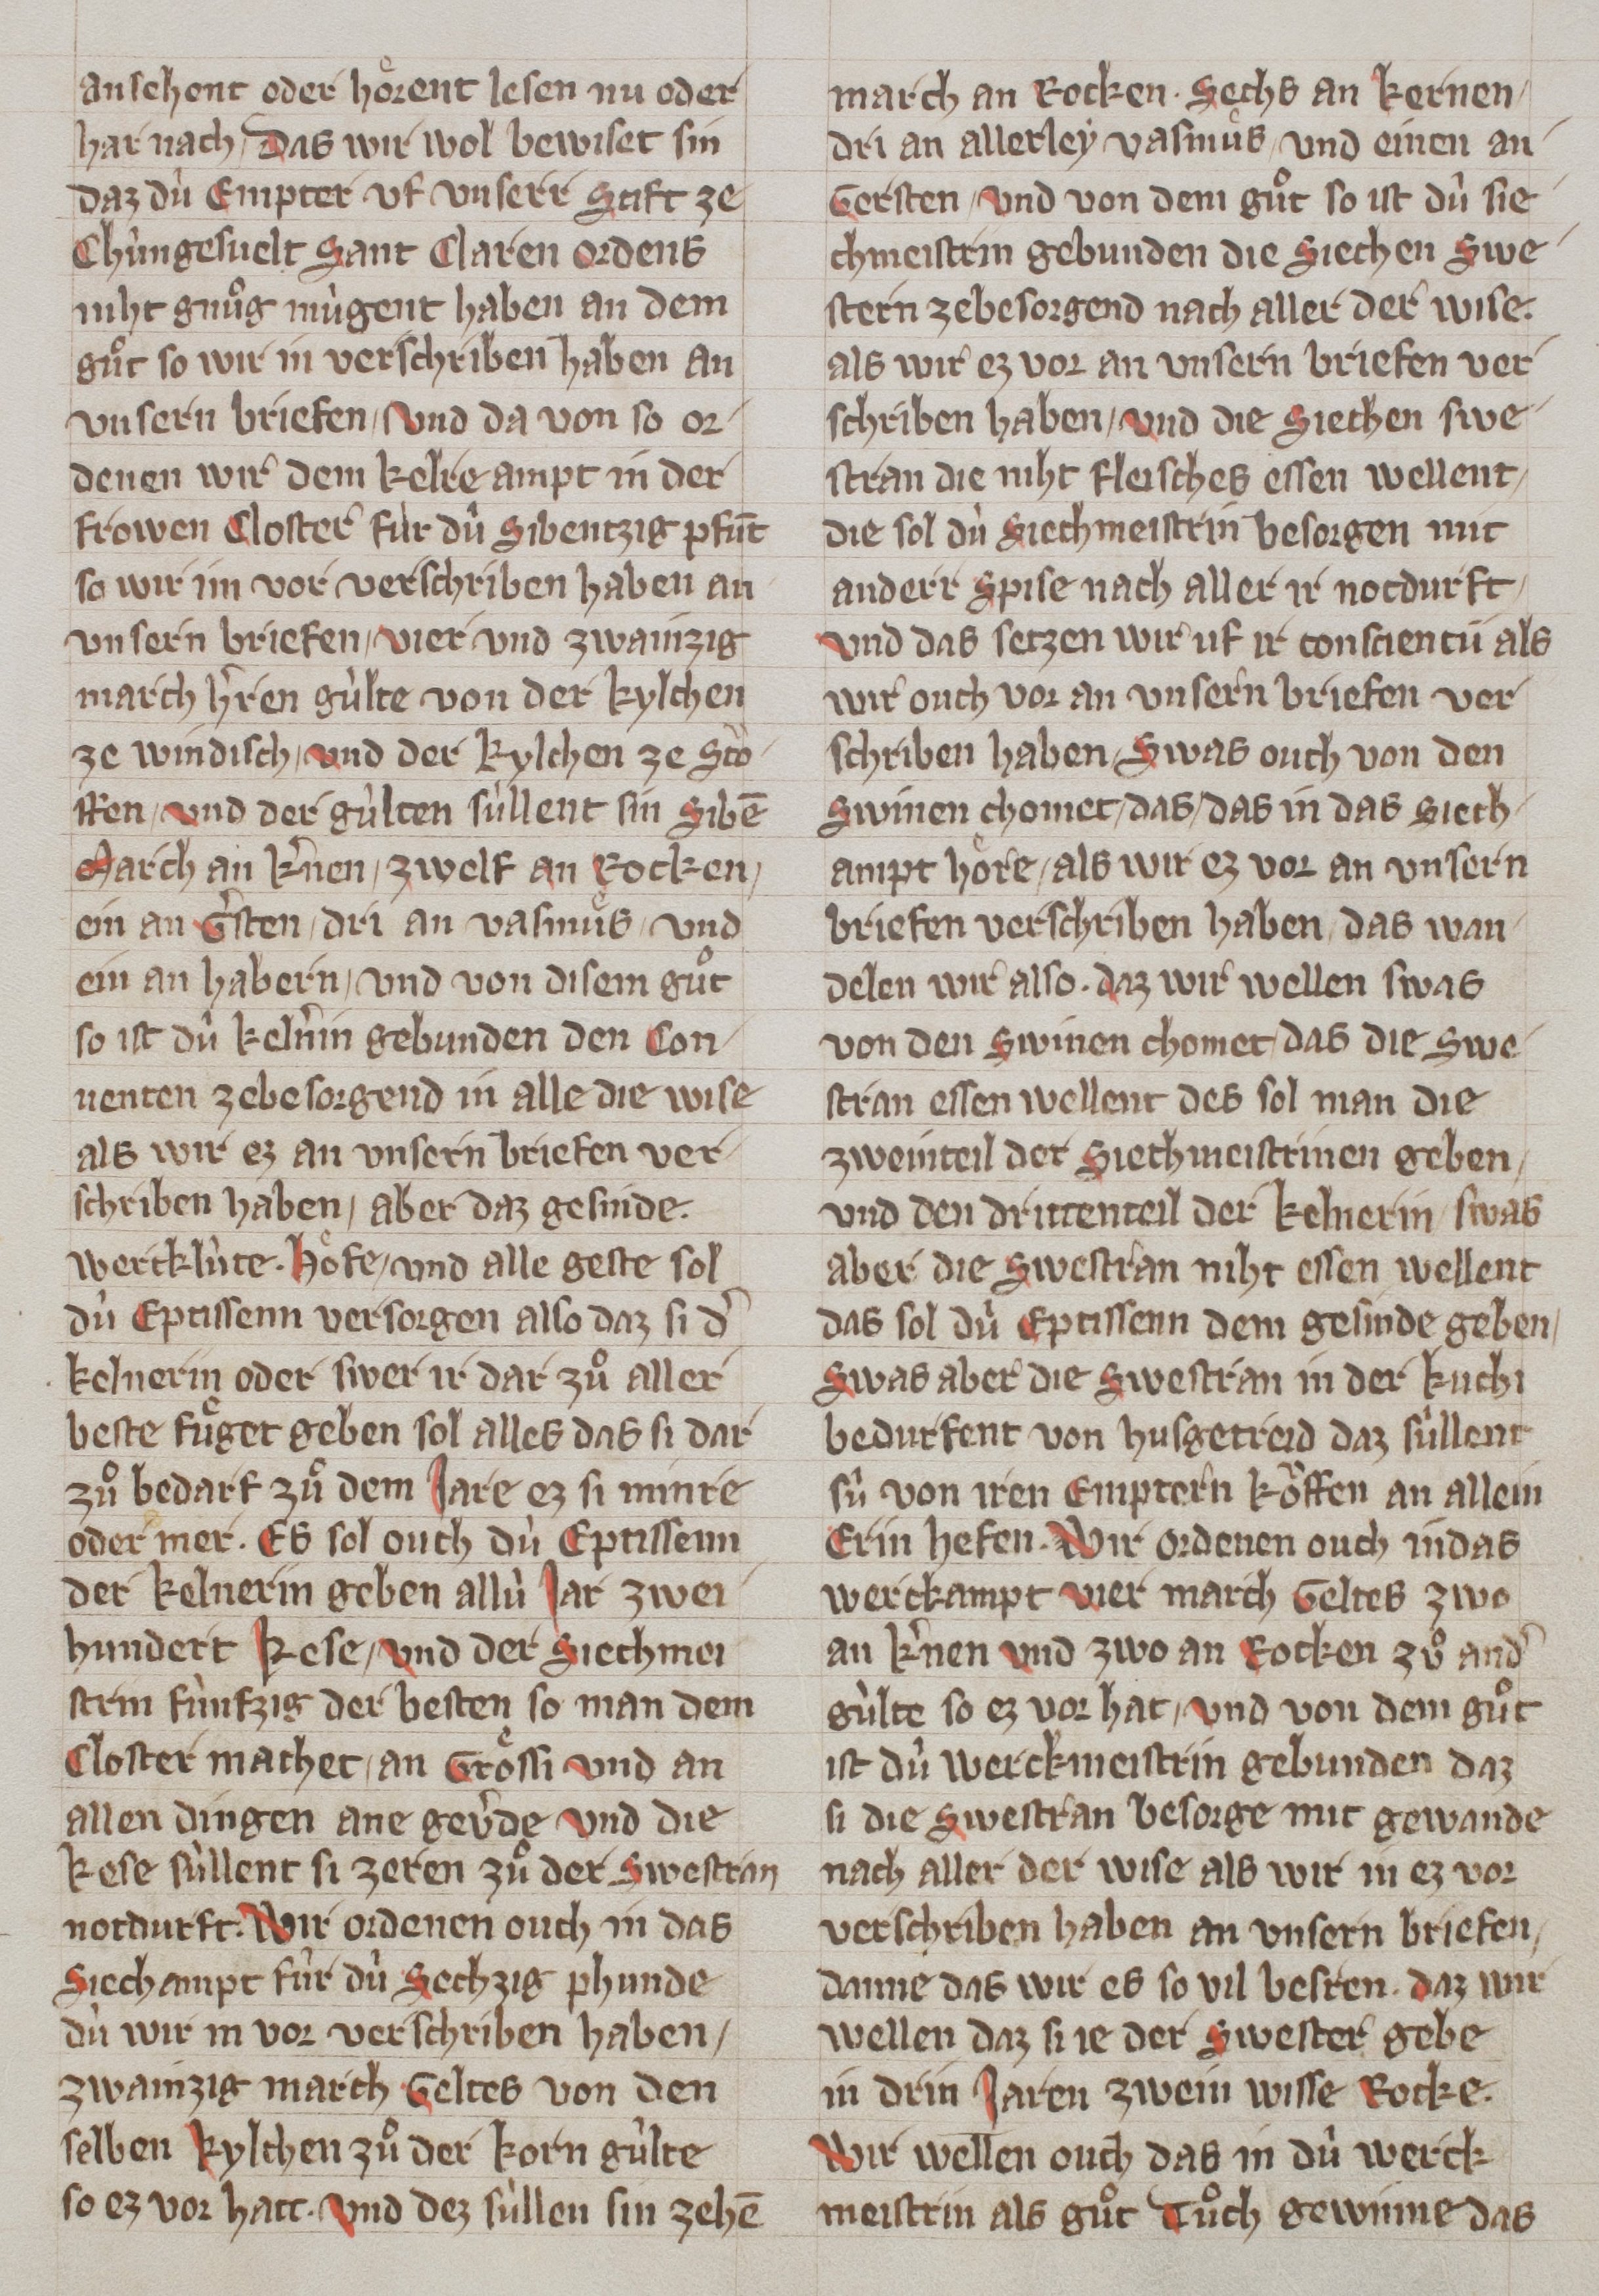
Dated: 1320–1345